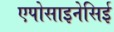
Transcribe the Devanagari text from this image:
एपोसाइनेसिई